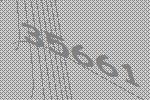
35661